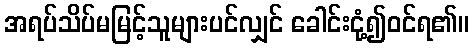
အရပ်သိပ်မမြင့်သူများပင်လျှင် ခေါင်းငုံ့၍ဝင်ရ၏။